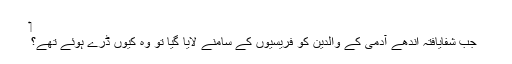
‏
جب شفایافتہ اندھے آدمی کے والدین کو فریسیوں کے سامنے لایا گیا تو وہ کیوں ڈرے ہوئے تھے؟